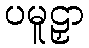
ပမူဠှာ